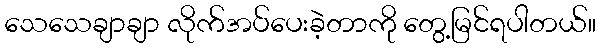
သေသေချာချာ လိုက်အပ်ပေးခဲ့တာကို တွေ့မြင်ရပါတယ်။